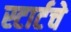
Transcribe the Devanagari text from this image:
स्टार्टचे